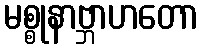
မစ္စုနာဗ္ဘာဟတော